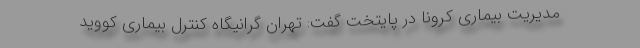
مدیریت بیماری کرونا در پایتخت گفت: تهران گرانیگاه کنترل بیماری کووید